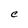
Character: C